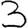
Digit: 3